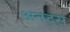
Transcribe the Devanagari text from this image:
अनदस